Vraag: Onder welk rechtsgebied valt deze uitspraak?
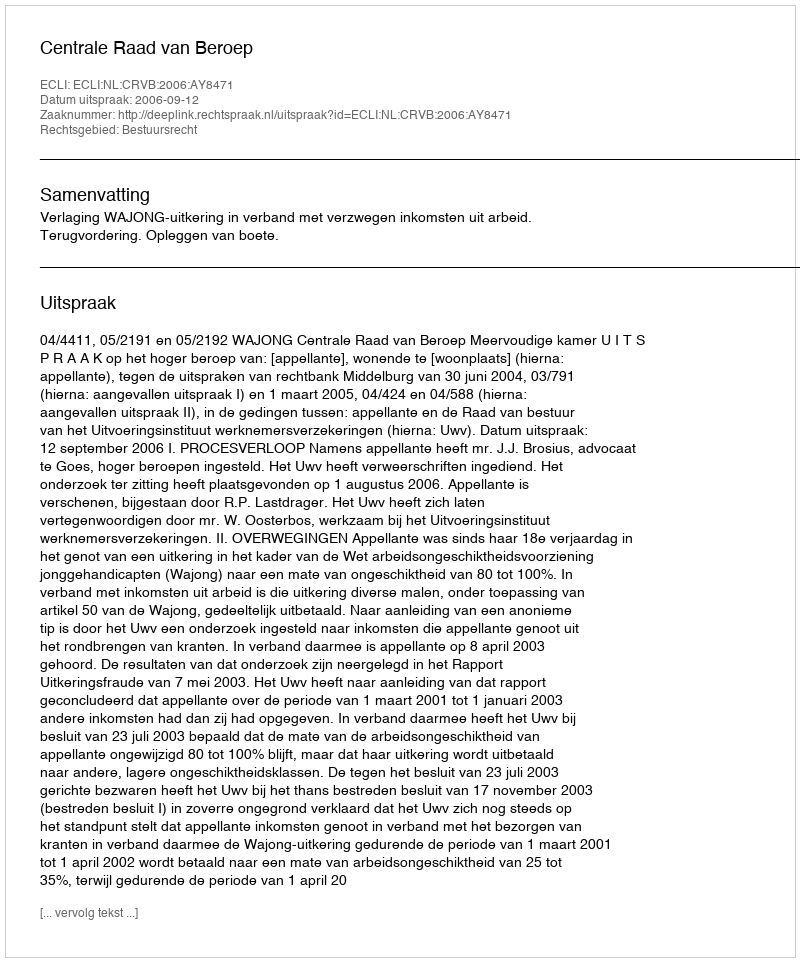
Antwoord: Bestuursrecht